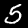
Label: 5